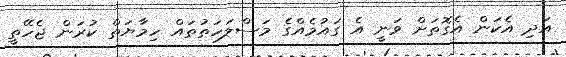
އަދި އެކަން އެގޮތަށް ވަނީ އެ ގައުމެއްގެ މަސްލަހަތުތައް ހިމާޔަތް ކުރަން ޖެހޭތީ